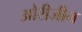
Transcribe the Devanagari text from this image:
ओरीजीन